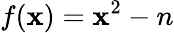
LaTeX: f(\mathbf{x})=\mathbf{x}^{2}-n